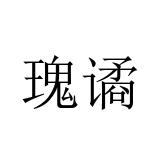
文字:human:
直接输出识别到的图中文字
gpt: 瑰谲